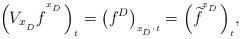
LaTeX: \begin{align*}\Big( V_{x_{{}_D}} {f}^{{}^{{}^{x_{{}_D}}}} \Big)_{{}_t} = \big(f^D \big)_{{}_{x_{{}_D} \cdot t}} = \Big( {\widetilde{f}}^{{}^{{}^{x_{{}_D}}}} \Big)_{{}_t}, \end{align*}